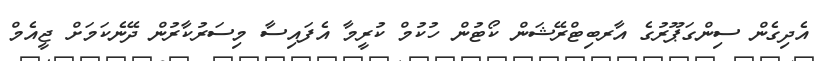
އެދިގެން ސިންގަޕޫރުގެ އާރބިޓްރޭޝަން ކޯޓުން ހުކުމް ކުރީމާ އެފައިސާ މިސަރުކާރުން ދޭނެކަމަށް ޖީއެމް